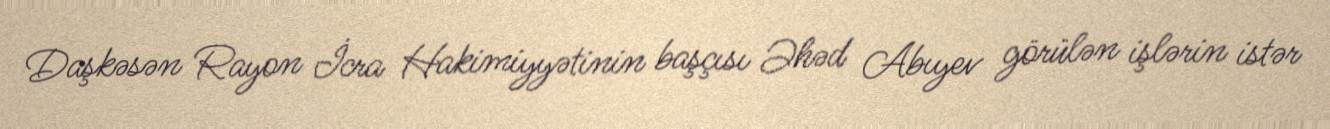
Daşkəsən Rayon İcra Hakimiyyətinin başçısı Əhəd Abıyev görülən işlərin istər